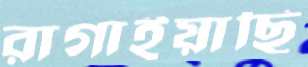
রাগাইয়াছি